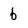
Character: b